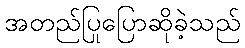
အတည်ပြုပြောဆိုခဲ့သည်